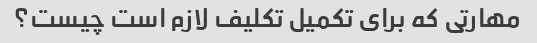
مهارتی که برای تکمیل تکلیف لازم است چیست؟